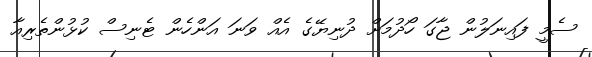
ސެމީ ފައިނަލުން ޖާގަ ހޯދުމަށް ދުނިޔޭގެ އެއް ވަނަ އަންހެން ޓެނިސް ކުޅުންތެރިއާ